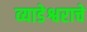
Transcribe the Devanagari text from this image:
व्याडेश्वराचे